Annual report on the working of the lock hospitals in the Central Provinces
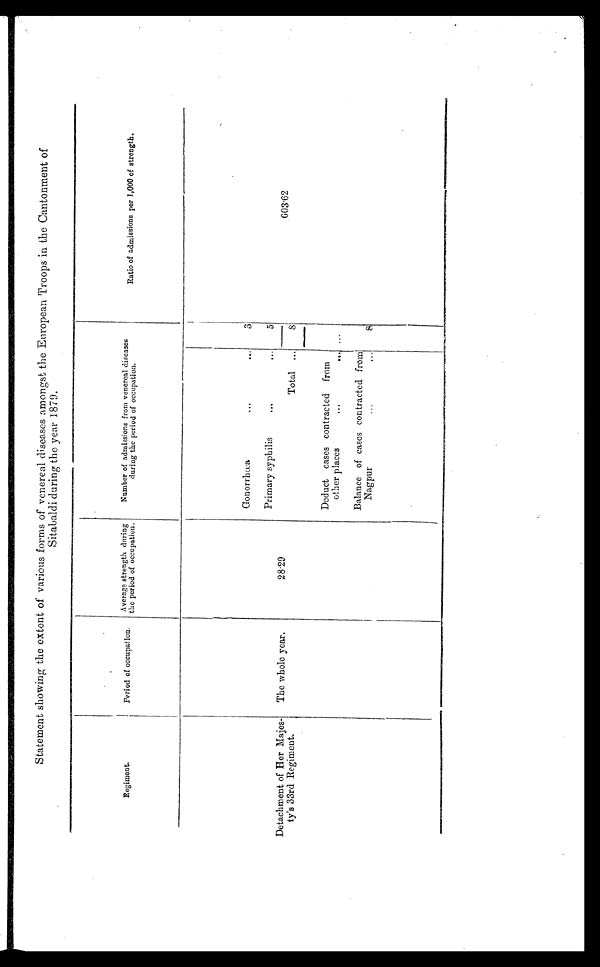
Statement showing the extent of various forms of venereal diseases amongst the European Troops in the Cantonment of
Sitabaldi during the year 1879.
Rement .
gi
Period of occupation.
A verage strength during
the period of occupation.
Number of admissions from venereal diseases
during the period of occupation.
Ratio of admissions per 1,000 of strength.
Gonorrhœa.
Primary syphilis
•••
...
5
Detachment of Her Majes-
ty's 33rd Regiment.
The whole year.
28.29
Total ...
8
603.02
Deduct cases contracted from
other places
...
Balance of cases contracted from
Nagpur
...
8